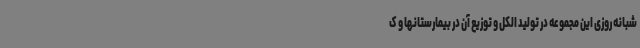
شبانه روزی این مجموعه در تولید الکل و توزیع آن در بیمارستانها و ک